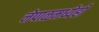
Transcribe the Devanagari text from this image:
नेपाळमध्येही